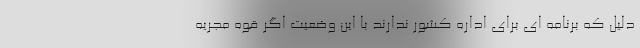
دلیل که برنامه ای برای اداره کشور ندارند با این وضعیت اگر قوه مجریه